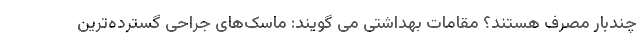
چندبار مصرف هستند؟ مقامات بهداشتی می گویند: ماسک‌های جراحی گسترده‌ترین